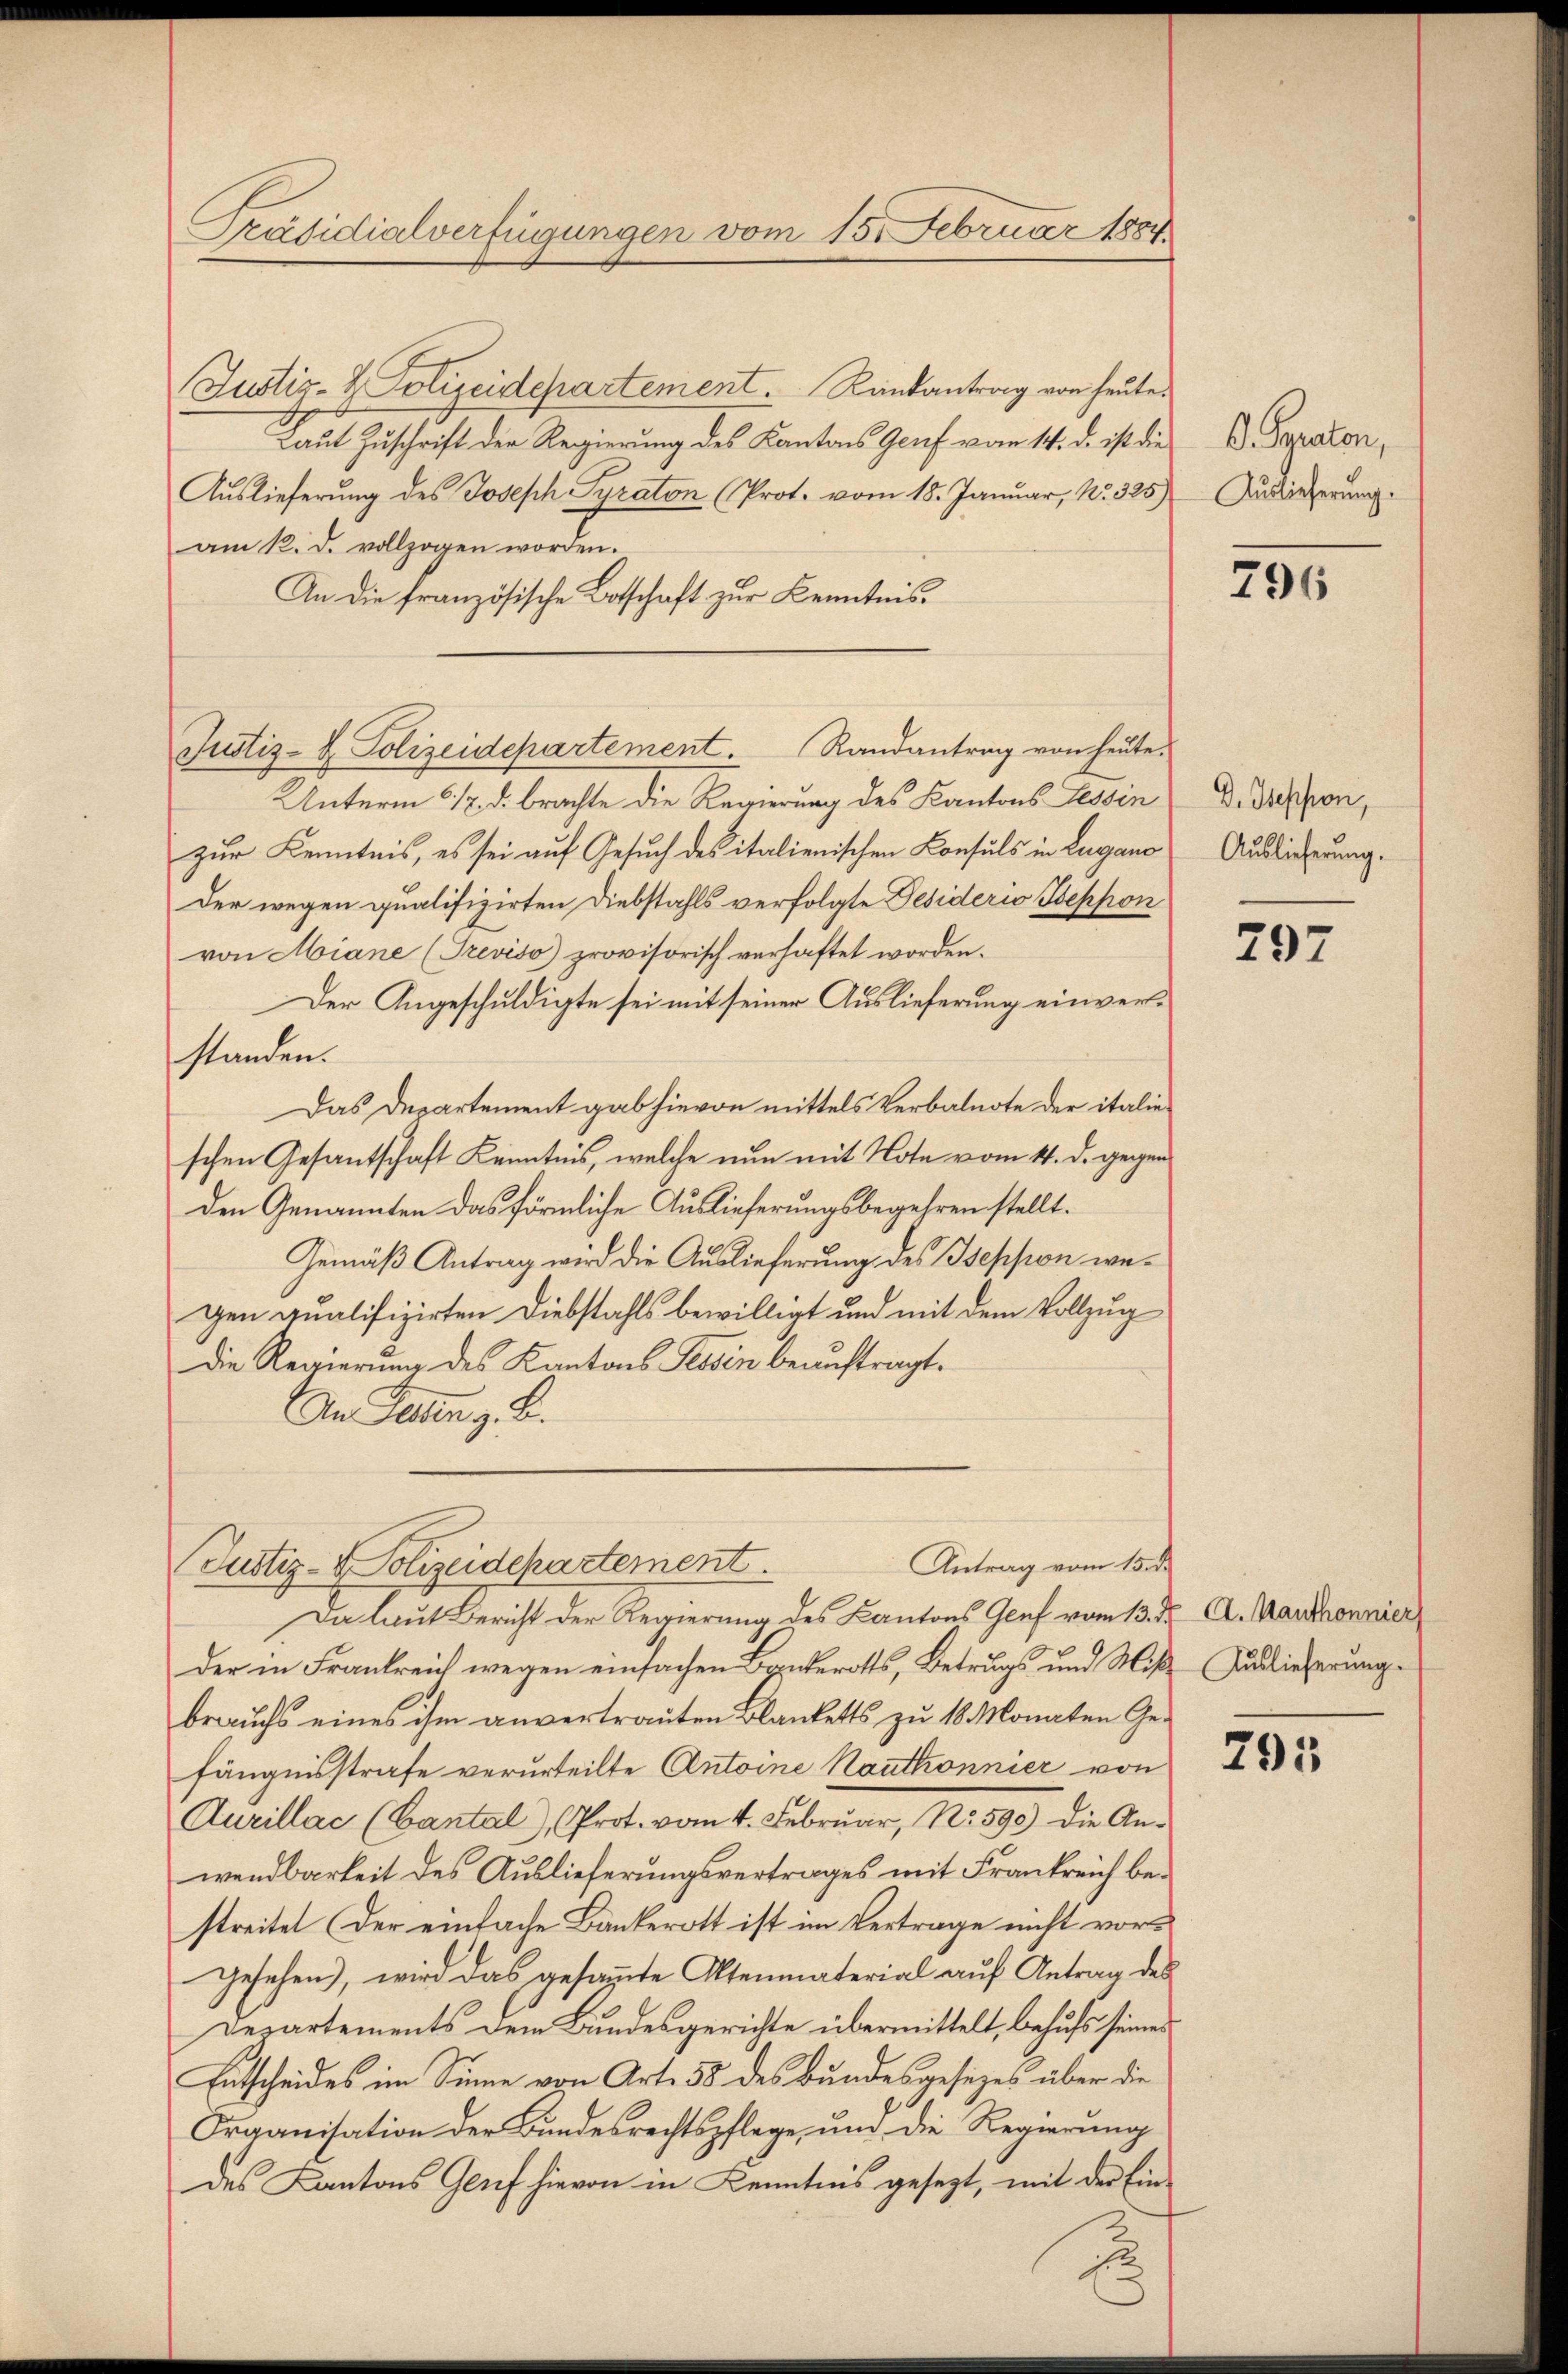
Präsidialverfügungen vom 15. Februar 1884

Justiz- & Polizeidepartement. Kantantrag von heute.
Laut Zuschrift der Regierung des Kantons Genf vom 14. d. ist die
Auslieferung des Joseph Pyraton (Prot. vom 18. Januar, No. 325)
am 12. d. vollzogen worden.
An die französische Botschaft zur Kenntnis¬
Unterm 6./2. d. brachte die Regierung des Kantons Tessin
zur Kenntnis, es sei auf Gesuch des italienischen Konsuls in Lugano
Der wegen qualifizirten Diebstahls verfolgte Desiderio Beppon
von Miane (Treviso provisorisch verhaftet worden.
Der Angeschuldigte sei mit seiner Auslieferung einverstanden.
Das Departement gab hievon mittels Verbalnote der italieschen Gesantschaft Kenntnis, welche nun mit Note vom 14. d. gegenden Genannten das förmliche Auslieferungsbegehren stellt.
Gemäß Antrag wird die Auslieferung des Iseppen wegen qualifizirten Diebstahls bewilligt und mit dem Vollzug
Die Regierung des Kantons Tessin beauftragt.
An Seiten z. B.
Antrag vom 15. d.
Justiz- & Polizeidepartement.
Da laut Bericht der Regierung des Kantons Genf vom 13. d. A. Manthronnier
der in Frankreich wegen einfachen Bankerotts, Betrugs und Miß- Auslieferung.
brauchs eines ihm anvertrauten Blanketts zu 18 Monaten Gefängnisstrafe verurteilte Antoine Hauthonnier von
Aurillac (Cantal), (Prot. vom 4. Februar, No. 590) die Anwendbarkeit des Auslieferungsvertrages mit Frankreich bestreitet (der einfache Bankerott ist im Vertrage nicht vorgesehen), wird das gesammte Altenmaterial auf Antrag des
Departements dem Bundesgerichte übermittelt, behufs seines
Entscheides im Sinne von Art. 58 des Bundesgesezes über die
Organisation der Bundesrechtspflege, und die Regierung
des Kantons Genf hievon in Kenntnis gesezt, mit der Ein-

Justiz- & Polizeidepartement. Randantrag von heute.

O. Syraten,
Auslieferung.

796

D. Sephon,
Auslieferung.

297

795